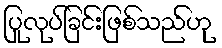
ပြုလုပ်ခြင်းဖြစ်သည်ဟု